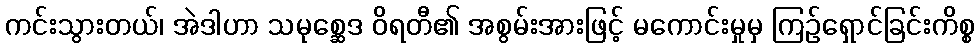
ကင်းသွားတယ်၊ အဲဒါဟာ သမုစ္ဆေဒ ဝိရတီ၏ အစွမ်းအားဖြင့် မကောင်းမှုမှ ကြဉ်ရှောင်ခြင်းကိစ္စ